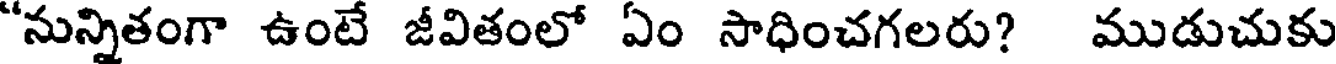
"నున్నితంగా ఉంటే జీవితంలో ఏం సాధించగలరు? ముడుచుకు